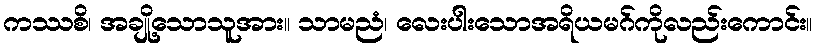
ကဿစိ၊ အချို့သောသူအား။ သာမညံ၊ လေးပါးသောအရိယမဂ်ကိုလည်းကောင်း။